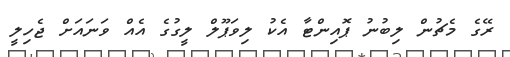
ރޭގެ މެޗުން ލިބުނު ޕޮއިންޓާ އެކު ލިވަޕޫލް ލީގުގެ އެއް ވަނައަށް ޖެހިލީ